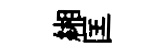
緗匡